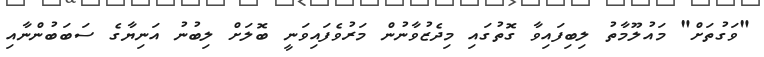
"ވަގުތަށް" މައުލޫމާތު ލިބިފައިވާ ގޮތުގައި މިދެޒުވާނުން މަރުވެފައިވަނީ ބޮލަށް ލިބުނު އަނިޔާގެ ސަބަބުންނާއި